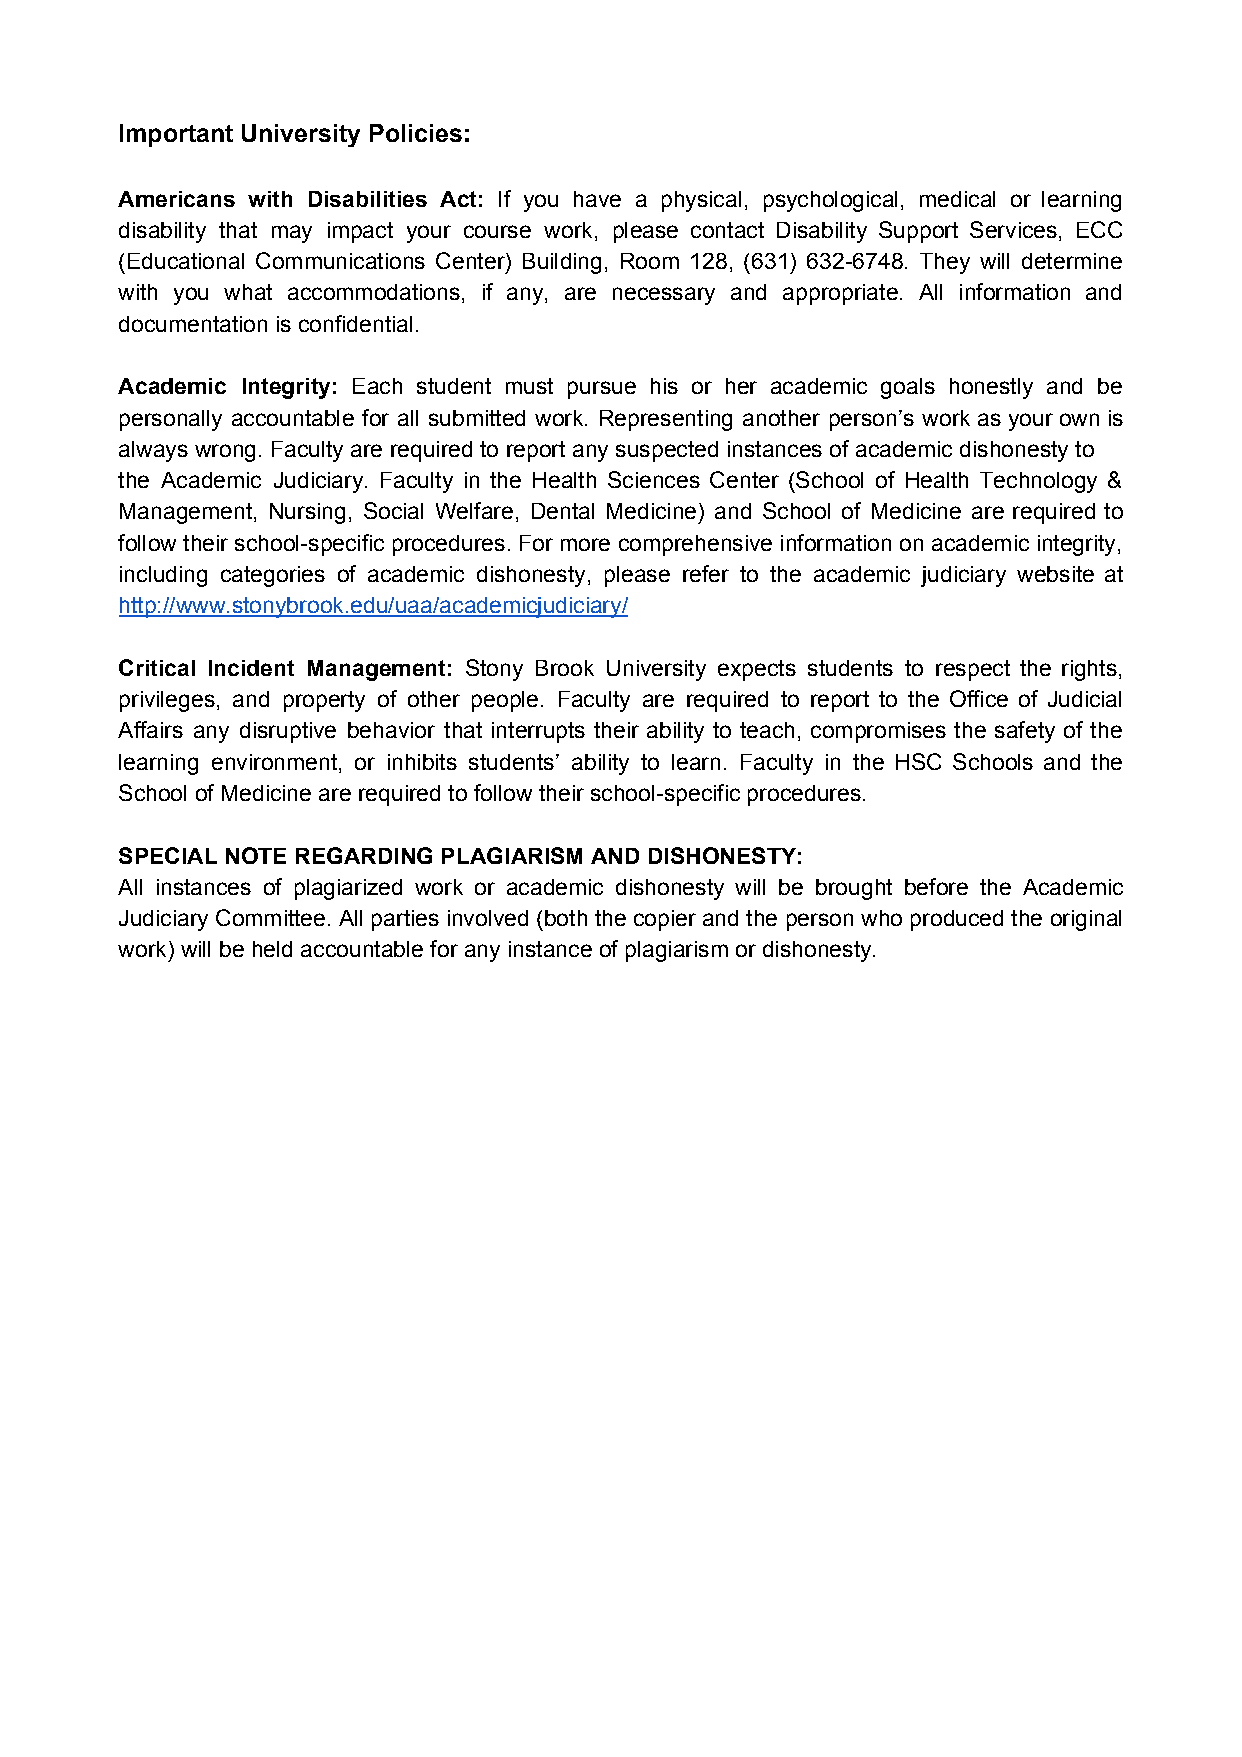
Important University Policies:
 Americans with Disabilities Act: ​If you have a physical, psychological, medical or learning
 disability that may impact your course work, please contact Disability Support Services, ECC
 (Educational Communications Center) Building, Room 128, (631) 632-6748. They will determine
 with you what accommodations, if any, are necessary and appropriate. All information and
 documentation is confidential.
 Academic Integrity: ​Each student must pursue his or her academic goals honestly and be
 personally accountable for all submitted work. Representing another person’s work as your own is
 always wrong. Faculty are required to report any suspected instances of academic dishonesty to
 the Academic Judiciary. Faculty in the Health Sciences Center (School of Health Technology &
 Management, Nursing, Social Welfare, Dental Medicine) and School of Medicine are required to
 follow their school-specific procedures. For more comprehensive information on academic integrity,
 including categories of academic dishonesty, please refer to the academic judiciary website at
 http://www.stonybrook.edu/uaa/academicjudiciary/
 Critical Incident Management: Stony Brook University expects students to respect the rights,
 privileges, and property of other people. Faculty are required to report to the Office of Judicial
 Affairs any disruptive behavior that interrupts their ability to teach, compromises the safety of the
 learning environment, or inhibits students’ ability to learn. Faculty in the HSC Schools and the
 School of Medicine are required to follow their school-specific procedures.
 SPECIAL NOTE REGARDING PLAGIARISM AND DISHONESTY:
 All instances of plagiarized work or academic dishonesty will be brought before the Academic
 Judiciary Committee. All parties involved (both the copier and the person who produced the original
 work) will be held accountable for any instance of plagiarism or dishonesty.